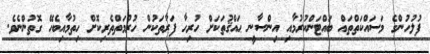
ފުލުހުންގެ މަސައްކަތްތައް ބައްޓަންކުރުމާއި އިންސާނީ ޙައްޤުތަކަށް ހުރިހާ ފަރާތަކުން ހުރުމަތްތެރިކޮށް ހިތުމާއިބެހޭ ގޮތުންނެވެ.